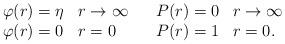
LaTeX: \begin{align*}\begin{array}{ll}\begin{array}{ll}\varphi(r) = \eta & r \rightarrow\infty \\\varphi(r) =0 & r = 0 \end{array}&\begin{array}{ll}P(r) =0 & r \rightarrow \infty \\P(r) =1 & r= 0. \end{array}\end{array} \end{align*}